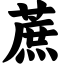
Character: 蔗